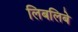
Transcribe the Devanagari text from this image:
लिबलिबे